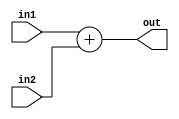
module Adder(in1, 
             in2, 
             out);

	parameter WORD_LENGTH = 32;
	input[WORD_LENGTH - 1:0] in1;
	input[WORD_LENGTH - 1:0] in2;
	output[WORD_LENGTH - 1:0] out;

	assign out = in1 + in2;	
	
endmodule